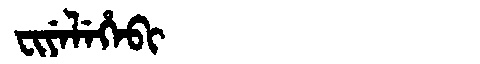
Manchu: ᠸᡳᠶᡝᠯᡝᡥᡝᠪᡳ
Romanization: FIYELEHEBI